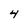
Character: 4